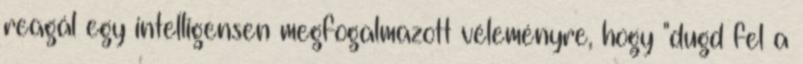
reagál egy intelligensen megfogalmazott véleményre, hogy "dugd fel a